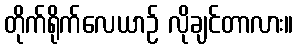
တိုက်ရိုက်လေယာဉ် လိုချင်တာလား။